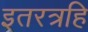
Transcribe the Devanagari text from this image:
इतरत्रहि